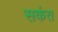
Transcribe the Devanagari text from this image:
सकंत